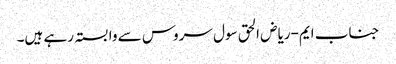
جناب ایم-ریاض الحق سول سروس سے وابستہ رہے ہیں۔